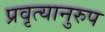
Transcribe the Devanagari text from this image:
प्रवृत्यानुरुप